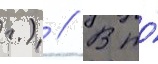
г.) // В то́